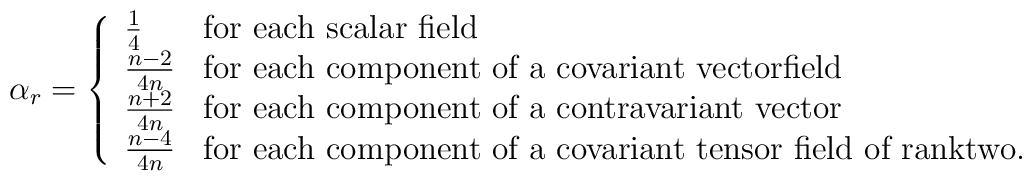
\alpha_{r}=\left\{ \begin{array}{ll}                  \frac{1}{4} & \mbox{for each scalar field}\\  \frac{n-2}{4n} & \mbox{for each component of a covariant vectorfield}\\\frac{n+2}{4n} & \mbox{for each component of a contravariant vector}\\\frac{n-4}{4n} & \mbox{for each component of a covariant tensor field of ranktwo.}\end{array}\right.